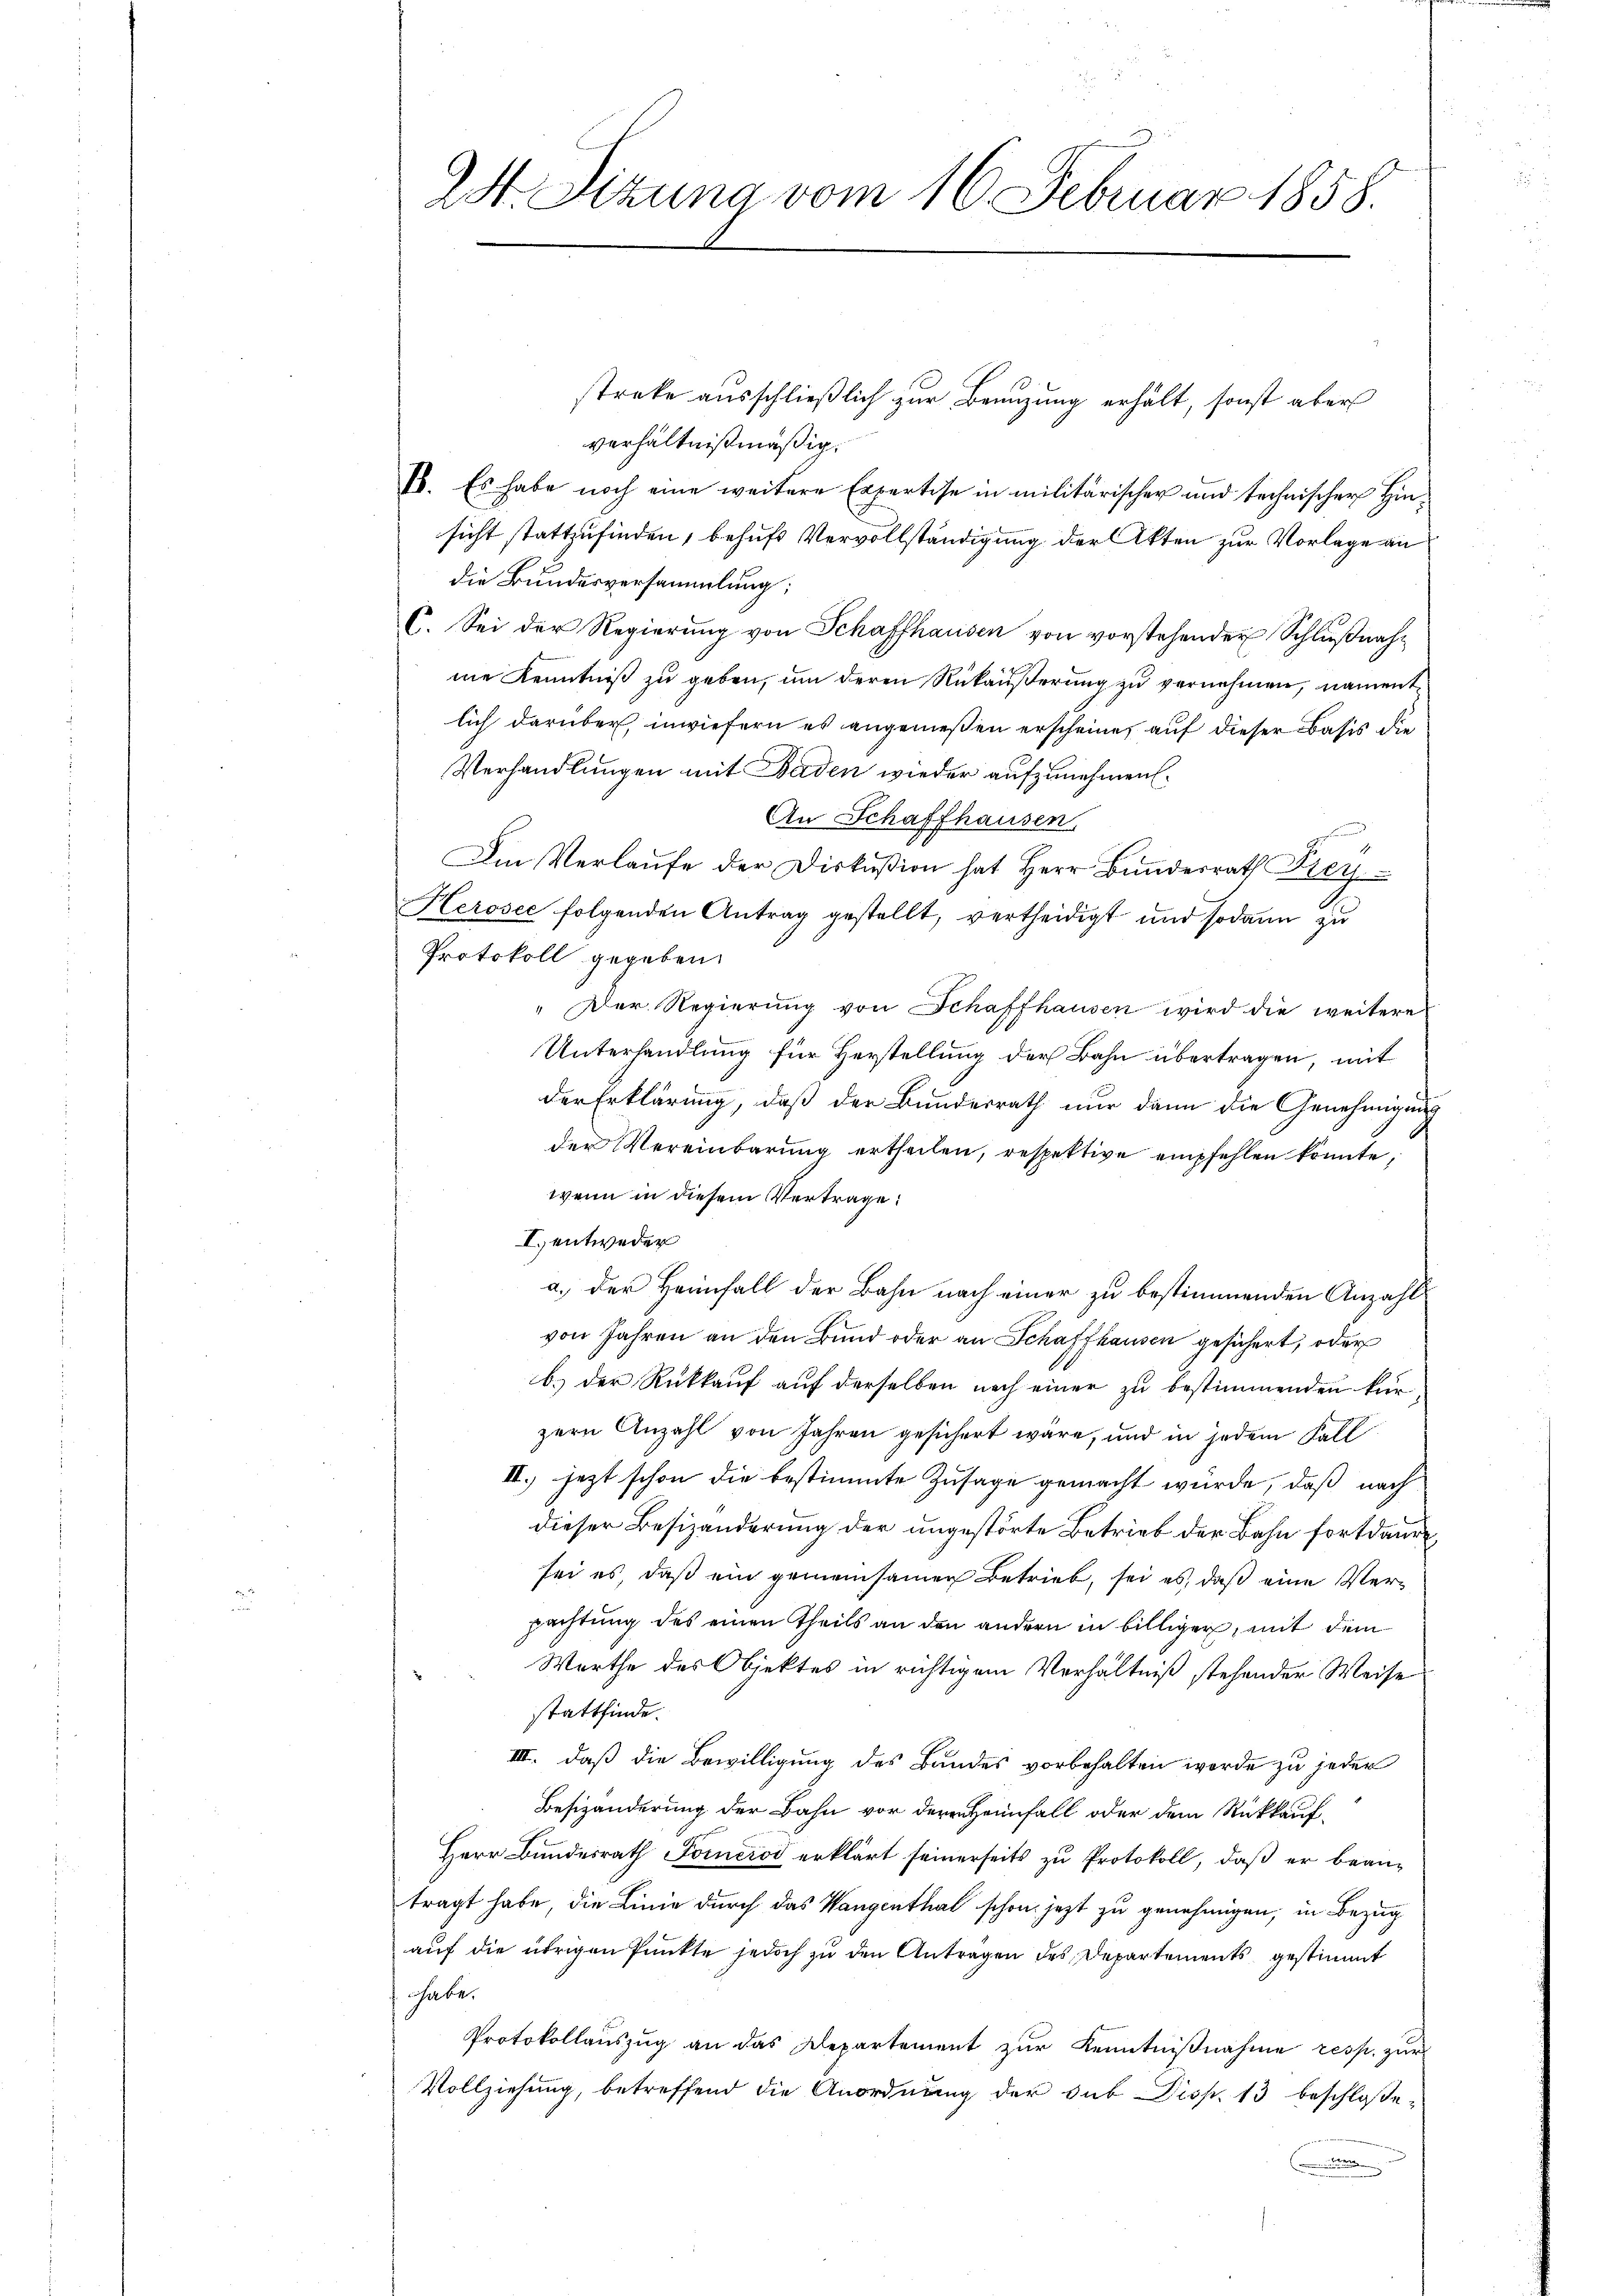
2st. Sitzung vom 16. Februar 1858.

streke ausschließlich zur Benuzung erhält, sonst aber
verhältnißmäßig.
B. Es habe noch eine weitere Expertise in militärischer und technischer Hinsicht stattzufinden, behufs Vervollständigung der Akten zur Vorlage an
die Bundesversammlung:
C. Sei der Regierung von Schaffhausen von vorstehender Schlußnahne Kenntniß zu geben, um deren Rükäußerung zu vernehmen, namentlich darüber, inwiefern es angemeßen erscheine, auf dieser Basis die
Verhandlungen mit Baden wieder aufzunehmen.
An Schaffhausen,
Im Verlaŭfe der Diskußion hat Herr Bundesrath Frey
Kerosee folgenden Antrag gestellt, vertheidigt und sodann zu
Protokoll gegeben.
" Der Regierŭng von Schaffhausen wird die weitere
Unterhandlung für Herstellung der Bahn übertragen, mit
der Erklärung, daß der Bundesrath nur dann die Genehmigung
der Vereinbarŭng ertheilen, respektive empfehlen könnte,
wenn in diesem Vertrage:
I.) entweder
a.) der Heimfall der Bahn nach einer zu bestimmenden Anzahl
von Jahren an den Bund oder an Schaffhausen gesichert, oder
b.) der Rückkauf auf derselben nach einer zu bestimmenden kurzern Anzahl von Jahren gesichert wäre, und in jedem Fall
II.) jetzt schon die bestimmte Zusage gemacht wurde, daß nach
dieser Besizänderung der ungestörte Betrieb der Bahn fortdauer,
sei es, daß ein gemeinsamen Betrieb, sei es, daß eine Verpachtung des einen Theils an den andern in billiger, mit dem
Werthe des Objektes in richtigem Verhältniß stehender Weise
stattfinde.
III. daß die Bewilligung des Bandes vorbehalten werde zu jeder
Besizänderung der Bahn vor deren Heimfall oder dem Rückkauf-
Herr Bundesrath Forciod erklärt seinerseits zu Protokoll, daß er beantragt habe, die Linie durch das Wangenthal schon jetzt zu genehmigen, in Bezug
auf die übrigen Punkte jedoch zu den Anträgen des Departements gestimmt
habe.
Protokollauszug an das Departement zur Kenntnißnahme resp. zur
Vollziehung, betreffend die Anordnung der sub Disp. 13 beschloße¬